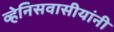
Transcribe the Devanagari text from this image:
व्हेनिसवासीयांनी